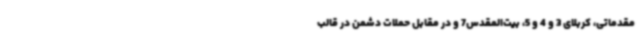
مقدماتی، کربلای 3 و 4 و 5، بیت‌المقدس7 و در مقابل حملات دشمن در قالب